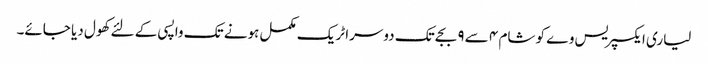
لیاری ایکسپریس وے کو شام ٤ سے ٩ بجے تک دوسرا ٹریک مکمل ہونے تک واپسی کے لئے کھول دیا جائے۔